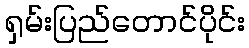
ရှမ်းပြည်တောင်ပိုင်း